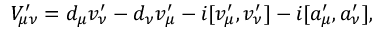
{ \cal V } _ { \mu \nu } ^ { \prime } = d _ { \mu } v _ { \nu } ^ { \prime } - d _ { \nu } v _ { \mu } ^ { \prime } - i [ v _ { \mu } ^ { \prime } , v _ { \nu } ^ { \prime } ] - i [ a _ { \mu } ^ { \prime } , a _ { \nu } ^ { \prime } ] ,